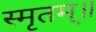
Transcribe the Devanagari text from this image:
स्मृतम्॥